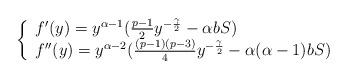
LaTeX: \begin{align*}\left\{\begin{array}{ll}f^\prime(y)=y^{\alpha-1}(\frac{p-1}{2}y^{-\frac{\gamma}{2}}-\alpha bS)\\f^{\prime\prime}(y)=y^{\alpha-2}(\frac{(p-1)(p-3)}{4}y^{-\frac{\gamma}{2}}-\alpha(\alpha-1)bS)\end{array}\right.\end{align*}